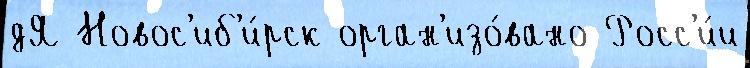
дЯ Новос'иб'и́рск орган'изо́вано Росс'и́и